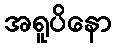
အရူပိနော